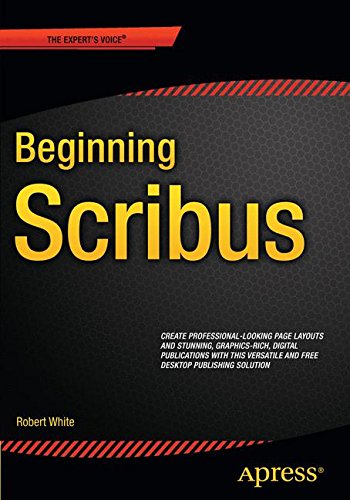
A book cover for Beginning Scribus; Robert White; Computers & Technology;